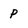
Character: P